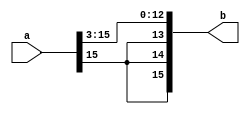

module rsh_3(a,b);

    input [15:0] a;
    output [15:0] b;
    

assign {b[15:12],b[11:0]}= {a[15],a[15],a[15],a[15:3]};


endmodule